Structure of Hæmatopota pluvialis (Meigen) - Number 55
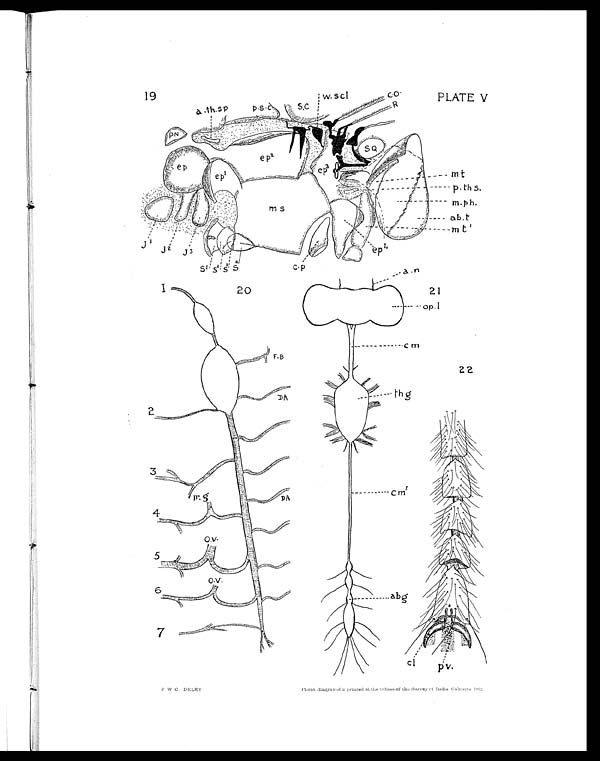
PLATE IV
F. W. C.-DELET.
P h o t o . - E n g r a v e d & p r i n t e d a t t h e O f f i c e s o f t h e S u r v e y o f I n d i a , C a l c u t t a , 1 9 1 2 ,